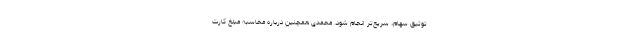
توثیق سهام، سریع‌تر انجام شود. محمدی همچنین درباره محاسبه مبلغ کارت